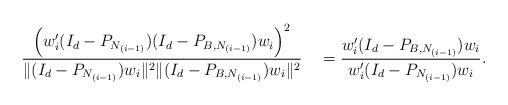
LaTeX: \begin{align*}\frac{\left(w_i'(I_d-P_{N_{(i-1)}})(I_d-P_{B,N_{(i-1)}})w_i\right)^2}{\|(I_d-P_{N_{(i-1)}})w_i\|^2\|(I_d-P_{B,N_{(i-1)}})w_i\|^2}\quad=\frac{w_i'(I_d-P_{B,N_{(i-1)}})w_i}{w_i'(I_d-P_{N_{(i-1)}})w_i}. \end{align*}